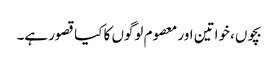
بچوں، خواتین اور معصوم لوگوں کا کیا قصور ہے۔